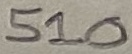
Text: 510